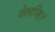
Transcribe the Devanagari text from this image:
गेलन्हि।